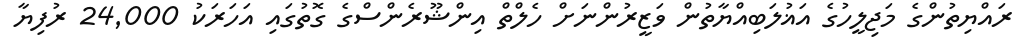
ރައްޔިތުންގެ މަޖިލީހުގެ އަޣުލަބިއްޔާތުން ވަޒީރުންނަށް ހެލްތް އިންޝޫރެންސްގެ ގޮތުގައި އަހަރަކު 24